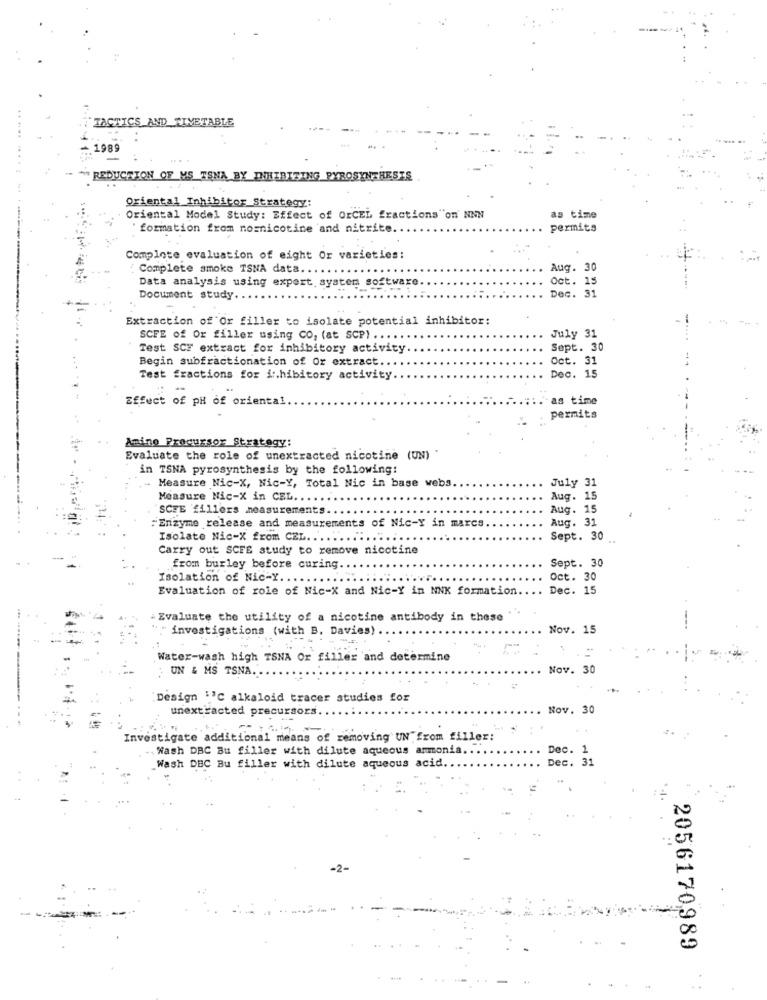
TACTICS AND TIVETABLE
-
1989
*REDUCTION OF MS TSNA BY INHIBITING PYROSYNTHESIS
Oriental Inhibitor Strategy:
Oriental Model Study: Effect of OrCEL fractions"on' NNN
as time
formation from nomnicotine and nitrite.
permits
Complete evaluation of eight Or varieties:
Complete smoke TSNA data.
Aug. 30
oct. 15
Data analysis using expert system software.
Dec. 31
Document study.
Extraction of Or filler to isolate potential inhibitor:
SCFE of Or filler using CO, (at SCP) ..
July 31
Test SCF extract for inhibitory activity
Sept. 30
Begin subfractionation of Or extract.
Oct. 31
Test fractions for inhibitory activity.
Dec. 15
Effect of pH of oriental
as time
permits
Amino Precursor Strategy:
Evaluate the role of unextracted nicotine (UN) "
in TSNA pyrosynthesis by the following:
July 31
.- Measure Nic-X, Nic-Y, Total Nic in base webs
Measure Nic-X in CEL.
Aug. 15
SCFE fillers measurements
Aug. 15
Aug. 31
"Enzyme release and measurements of Nic-Y in marcs
Isolate Nic-X from CEL ..
Sept. 30
Carry out SCFE study to remove nicotine
Sept. 30
from burley before curing
Isolation of Nic-Y. .
Oct. 30
Evaluation of role of Nic-X and Nic-Y in NNK formation.
Dec. 15
& Evaluate the utility of a nicotine antibody in these
investigations (with B. Davies)
Nov. 15
Water-wash high TSNA Or filler and determine
UN & MS TSNA.
Nov. 30
Design ''℃ alkaloid tracer studies for
unextracted precursors.
Nov. 30
-
Investigate additional means of removing UN"from filler:
Wash DBC Bu filler with dilute aqueous ammonia ..
Dec.1
Dec. 31
Wash DBC Bu filler with dilute aqueous acid.
-2-
2056170989